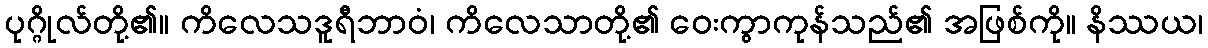
ပုဂ္ဂိုလ်တို့၏။ ကိလေသဒူရီဘာဝံ၊ ကိလေသာတို့၏ ဝေးကွာကုန်သည်၏ အဖြစ်ကို။ နိဿယ၊